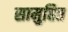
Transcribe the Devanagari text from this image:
सामुहित